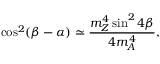
\cos ^ { 2 } ( \beta - \alpha ) \simeq \frac { m _ { Z } ^ { 4 } \sin ^ { 2 } 4 \beta } { 4 m _ { A } ^ { 4 } } ,